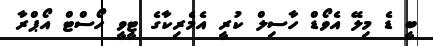
ބީ ޑެ މިލޭ އެވޯޑް ހާސިލް ކުރީ އެމެރިކާގެ ޓީވީ ހޯސްޓް އޯޕްރާ